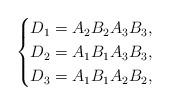
LaTeX: \begin{align*}\begin{cases}D_1 =A_2 B_2 A_3 B_3, \\D_2 =A_1 B_1 A_3 B_3, \\D_3 =A_1 B_1 A_2 B_2,\end{cases}\end{align*}